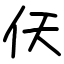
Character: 仸